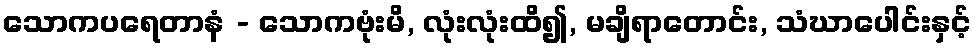
သောကပရေတာနံ - သောကဗုံးမိ, လုံးလုံးထိ၍, မချိရာတောင်း, သံဃာပေါင်းနှင့်